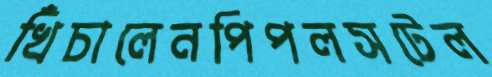
খিঁচালেনপিপলসটেল